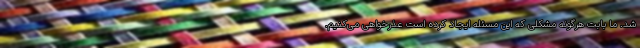
شد. ما بابت هرگونه مشکلی که این مسئله ایجاد کرده است عذرخواهی می‌کنیم.